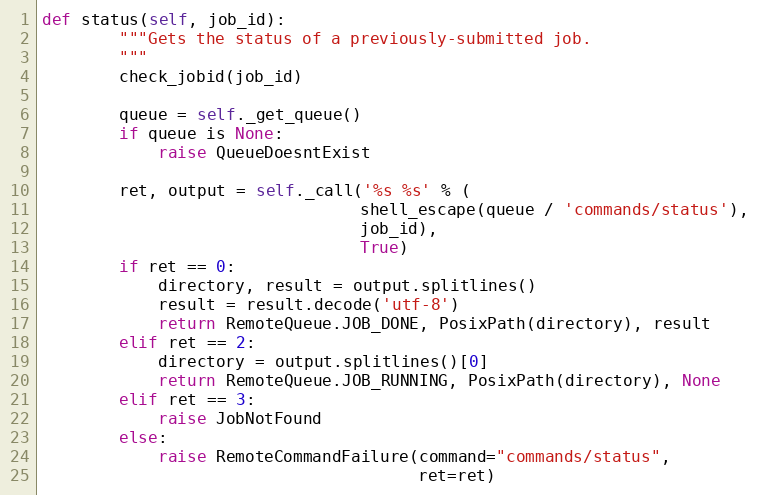
Language: Python
def status(self, job_id):
        """Gets the status of a previously-submitted job.
        """
        check_jobid(job_id)

        queue = self._get_queue()
        if queue is None:
            raise QueueDoesntExist

        ret, output = self._call('%s %s' % (
                                 shell_escape(queue / 'commands/status'),
                                 job_id),
                                 True)
        if ret == 0:
            directory, result = output.splitlines()
            result = result.decode('utf-8')
            return RemoteQueue.JOB_DONE, PosixPath(directory), result
        elif ret == 2:
            directory = output.splitlines()[0]
            return RemoteQueue.JOB_RUNNING, PosixPath(directory), None
        elif ret == 3:
            raise JobNotFound
        else:
            raise RemoteCommandFailure(command="commands/status",
                                       ret=ret)